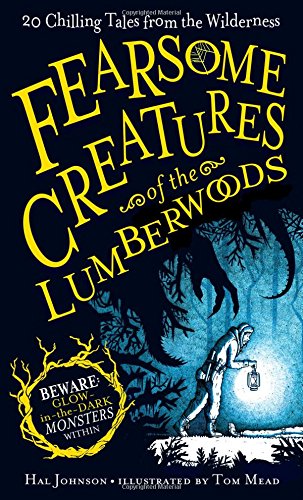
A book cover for Fearsome Creatures of the Lumberwoods: 20 Chilling Tales from the Wilderness; Hal Johnson; Children's Books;